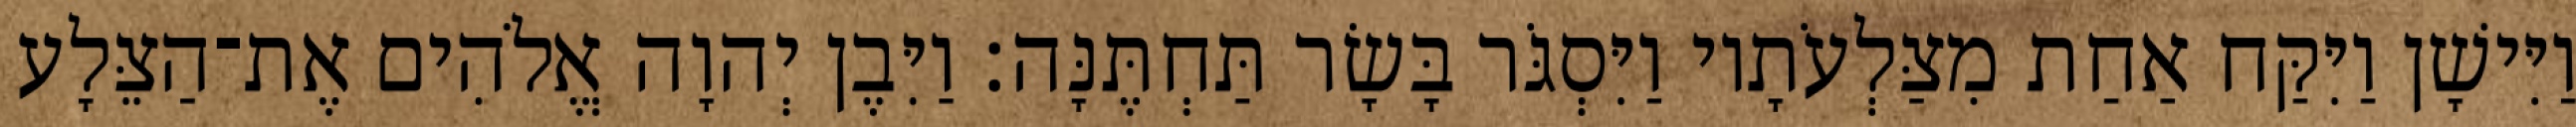
וַיִּישָׁן וַיִּקַּח אַחַת מִצַּלְעֹתָיו וַיִּסְגֹּר בָּשָׂר תַּחְתֶּנָּה׃ וַיִּבֶן יְהוָה אֱלֹהִים אֶת־הַצֵּלָע